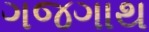
ગજગાથ